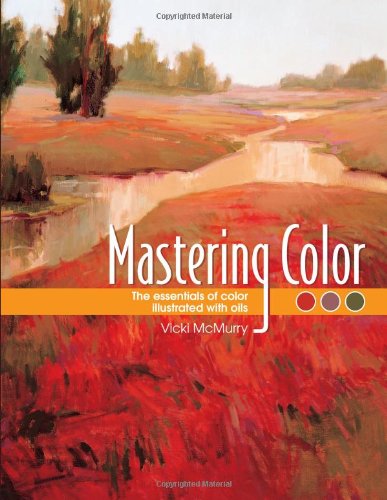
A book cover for Mastering Color: The Essentials of Color Illustrated with Oils; Vicki McMurry; Arts & Photography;